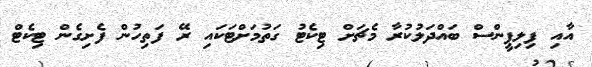
އާއި ފިލިޕީންސް ބައްދަލުކުރާ މެޗަށް ޓިކެޓު ގަތުމަށްޓަކައި ރޭ ފަތިހުން ފެށިގެން ޓިކެޓް